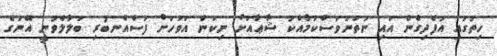
ހިތުގައި އުފެދިގެން އައި ނުތަނަވަސްކަމާއެކު ޝާޢާއަށް ނިކަން އަވަހަށް ފަސްއެނބުރި ބަލާލެވުނީ އޭނަގެ